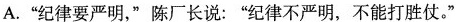
A.”纪律要严明，”陈厂长说：”纪律不严明，不能打胜仗。“